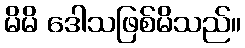
မိမိ ဒေါသဖြစ်မိသည်။